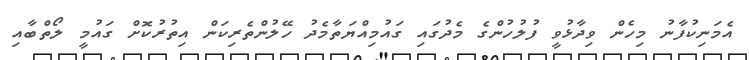
އެމަނިކުފާނު މިހެން ވިދާޅުވީ ފުލުހުންގެ މެދުގައި ގައުމިއްޔަތާމެދު ހޭލުންތެެރިކަން އިތުރުކޮށް ގައުމީ ލޯތްބާއި